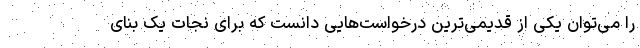
را می‌توان یکی از قدیمی‌ترین درخواست‌هایی دانست که برای نجات یک بنای